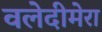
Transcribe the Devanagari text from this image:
वलेदीमेरा